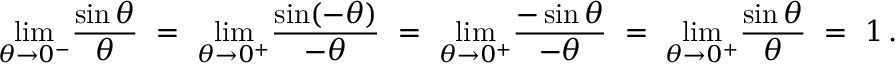
\operatorname* { l i m } _ { \theta \to 0 ^ { - } } \! { \frac { \sin \theta } { \theta } } \ = \ \operatorname* { l i m } _ { \theta \to 0 ^ { + } } \! { \frac { \sin ( - \theta ) } { - \theta } } \ = \ \operatorname* { l i m } _ { \theta \to 0 ^ { + } } \! { \frac { - \sin \theta } { - \theta } } \ = \ \operatorname* { l i m } _ { \theta \to 0 ^ { + } } \! { \frac { \sin \theta } { \theta } } \ = \ 1 \, .